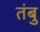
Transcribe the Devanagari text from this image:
तंबु